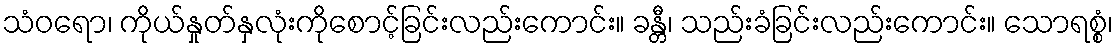
သံဝရော၊ ကိုယ်နှုတ်နှလုံးကိုစောင့်ခြင်းလည်းကောင်း။ ခန္တီ၊ သည်းခံခြင်းလည်းကောင်း။ သောရစ္စံ၊